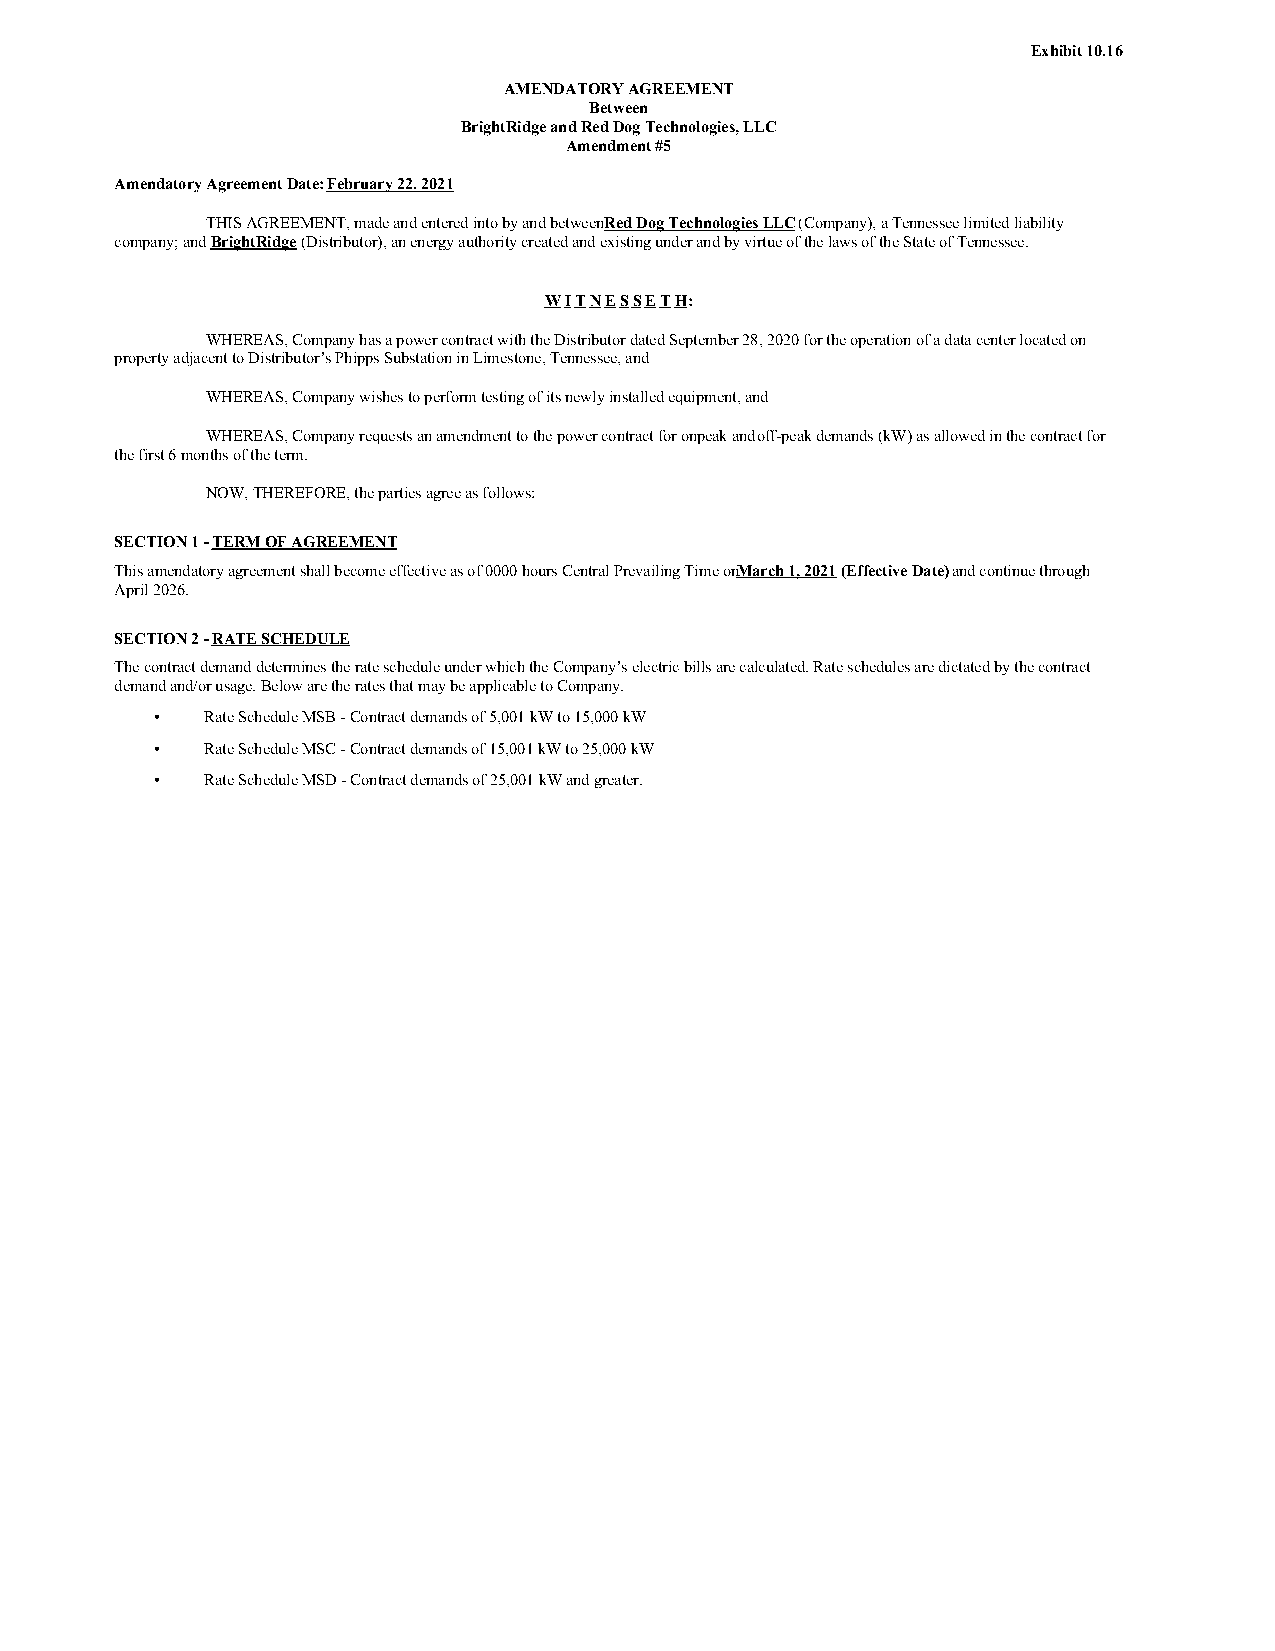
Exhibit 10.16
 AMENDATORY AGREEMENT
 Between
 BrightRidge and Red Dog Technologies, LLC
 Amendment #5
 Amendatory Agreement Date: February 22. 2021
 THIS AGREEMENT, made and entered into by and between Red Dog Technologies LLC (Company), a Tennessee limited liability
 company; and BrightRidge (Distributor), an energy authority created and existing under and by virtue of the laws of the State of Tennessee.
 W I T N E S S E T H:
 WHEREAS, Company has a power contract with the Distributor dated September 28, 2020 for the operation of a data center located on
 property adjacent to Distributor’s Phipps Substation in Limestone, Tennessee, and
 WHEREAS, Company wishes to perform testing of its newly installed equipment, and
 WHEREAS, Company requests an amendment to the power contract for onpeak and off-peak demands (kW) as allowed in the contract for
 the first 6 months of the term.
 NOW, THEREFORE, the parties agree as follows:
 SECTION 1 - TERM OF AGREEMENT
 This amendatory agreement shall become effective as of 0000 hours Central Prevailing Time onM arch 1, 2021 (Effective Date) and continue through
 April 2026.
 SECTION 2 - RATE SCHEDULE
 The contract demand determines the rate schedule under which the Company’s electric bills are calculated. Rate schedules are dictated by the contract
 demand and/or usage. Below are the rates that may be applicable to Company.
 •   Rate Schedule MSB - Contract demands of 5,001 kW to 15,000 kW
 •   Rate Schedule MSC - Contract demands of 15,001 kW to 25,000 kW
 •   Rate Schedule MSD - Contract demands of 25,001 kW and greater.